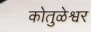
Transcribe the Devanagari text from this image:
कोतुळेश्वर